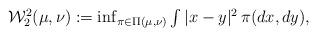
LaTeX: \begin{align*}\textstyle\mathcal W_2^2(\mu,\nu) := \inf_{\pi \in \Pi(\mu,\nu)} \int |x - y|^2 \, \pi(dx,dy),\end{align*}